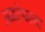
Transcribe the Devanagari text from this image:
अमरेश्वरला